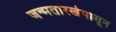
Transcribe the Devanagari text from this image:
जन्मतारखेपासून